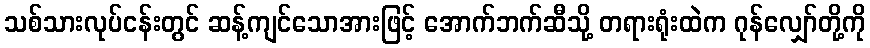
သစ်သားလုပ်ငန်းတွင် ဆန့်ကျင်သောအားဖြင့် အောက်ဘက်ဆီသို့ တရားရုံးထဲက ဂုန်လျှော်တို့ကို